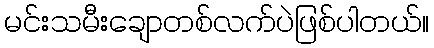
မင်းသမီးချောတစ်လက်ပဲဖြစ်ပါတယ်။